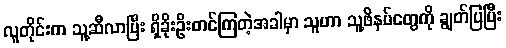
လူတိုင်းက သူ့ဆီလာပြီး ရှိခိုးဦးတင်ကြတဲ့အခါမှာ သူဟာ သူ့ဖိနပ်တွေကို ချွတ်ပြပြီး